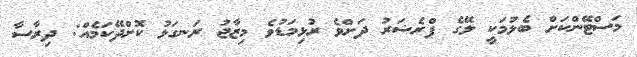
މަސްޓޭންކަށް ބެލުމަކީ ލޭގެ ޕްރެޝަރު ދަށްވެ ރުޅިމަޑުވެ މިޒާޖު ރަނގަޅު ކޮށްދޭކަމެއް: ދިރާސާ